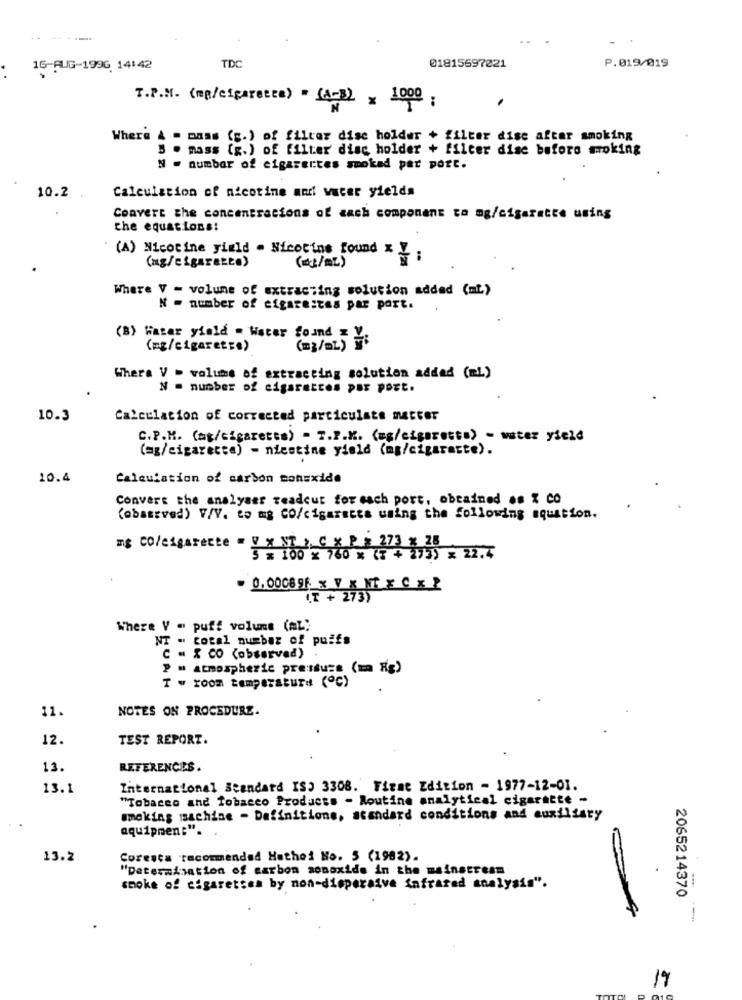
16-AUG-1996, 14:42
TD
01815697221
P.019/019
.
T.P.M. (mp/cigarette) = (4-3) × 1000 ;
Where & - mass (g.) of filter dise holder + filter disc after smoking
3 . mass (g.) of filter disc holder + filter dise before smoking
N . number of cigarettes smoked per port.
Calculation of nicotine andi water yields
10.2
Convert the concentracions of each component to mg/cigarette using
the equations:
(A) Nicotine yield . Nicotine found x Z
(mg/cigarette)
(ct/m2)
Where V - volume of extracting solution added (mt)
N = number of cigarestas par port.
(B) Hatar yield = Water found = V.
(mg/cigarette)
(=]/L) }
Where V = volume of extracting solution addad (mi)
N = number of cigarettes pur port.
10.3
Calculation of corrected particulate matter
C.P.M. (mg/cigaretts) - T.P.M. (mg/cigaretts) - water yield
(mg/cigaretta) - nicstine yield (mg/cigarette).
10.4
Calculation of carbon conexide
Convert the analyser readcut for mach port, obtained .s & CO
(observed) V/V. to mg CO/cigaracts using the following equation.
mg Colcigarette - V x ST , C XP8 22 1 x 22.7
- 0.000896: x V x NT X Cx 2
(I + 273)
Where V - puff voluns (AL);
NT - total numbaz of puffs
C . & CO (observed)
P m atmospheric pressure (m Kg)
T w room temperature (℃)
11.
NOTES ON PROCEDURE.
12.
TEST REPORT.
13.
REFERENCES.
13.1
International Standard IS) 3308. First Edition - 1977-12-01.
"Tobacco and Tobacco Products - Routine analytical cigarette -
smoking machine - Definitions, standard conditions and auxiliary
aquipmen:".
13.2
Coresca recommended Hathei No. 5 (1982).
"Determination of carbon monoxide in the mainstream
smoke of cigarettes by non-disperaive infrared analysis".
2065214370
19